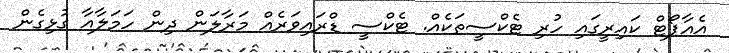
އެއާޕޯޓް ކައިރީގައި ހުރި ޓެކްސީތަކެއް. ޓެކްސީ ޑްރައިވަރެއް މަރާލަން ދިން ހަމަލާއާ ގުޅިގެން